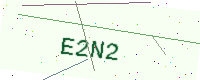
Text: E2N2